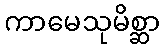
ကာမေသုမိစ္ဆာ